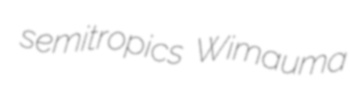
semitropics Wimauma